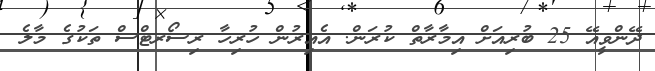
ދޭންވީއޭ 25 ބުރިއަށް އިމާރާތް ކުރަން. އެއިރުން ހުރިހާ ރިސޯރޓްސް ތަކުގެ މާލެ